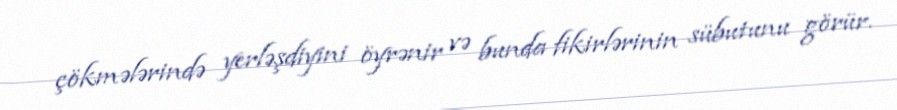
çökmələrində yerləşdiyini öyrənir və bunda fikirlərinin sübutunu görür.